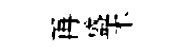
再盛木